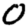
Digit: 0